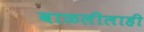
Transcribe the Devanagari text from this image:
बाळलीलाही